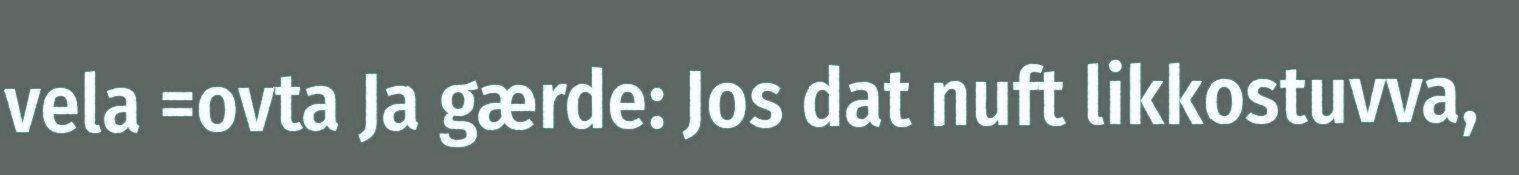
vela =ovta Ja gærde: Jos dat nuft likkostuvva,